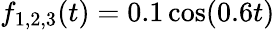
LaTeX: f_{1,2,3}(t)=0.1\cos(0.6t)